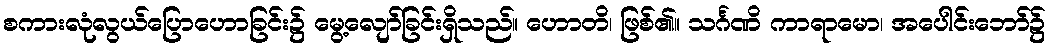
စကားလုံလွယ်ပြောဟောခြင်း၌ မွေ့လျော်ခြင်းရှိသည်။ ဟောတိ၊ ဖြစ်၏။ သင်္ဂဏိ ကာရာမော၊ အပေါင်းဘော်၌